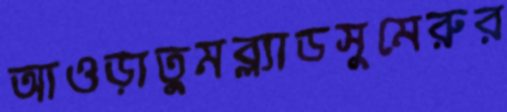
আওড়াতুমব্ল্যাডসুমেরুর